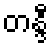
တန္ဒီ